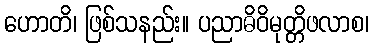
ဟောတိ၊ ဖြစ်သနည်း။ ပညာဓိဝိမုတ္တိဖလာစ၊